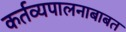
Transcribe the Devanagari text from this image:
कर्तव्यपालनाबाबत